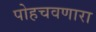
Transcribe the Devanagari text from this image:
पोहचवणारा